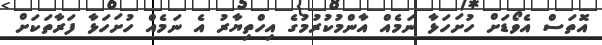
އޮތަސް އެވޯޑަށް ހުށަހަޅާ ނަމެއް އާންމުކުރުމުގެ އިހްތިޔާރު އެ ނަމެއް ހުށަހަޅާ ފަރާތަކަށް